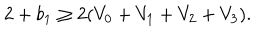
2 + b _ { 1 } \geq 2 ( V _ { 0 } + V _ { 1 } + V _ { 2 } + V _ { 3 } ) .